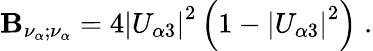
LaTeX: \mathbf{B}_{\nu_{\alpha};\nu_{\alpha}}=4\left|U_{\alpha3}\right|^{2}\left(1-\left|U_{\alpha3}\right|^{2}\right)\; .